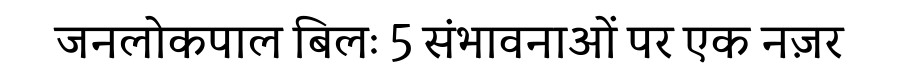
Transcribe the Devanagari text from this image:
जनलोकपाल बिलः 5 संभावनाओं पर एक नज़र